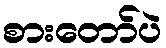
စားတော်ပဲ